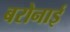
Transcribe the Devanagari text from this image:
बरोनाई